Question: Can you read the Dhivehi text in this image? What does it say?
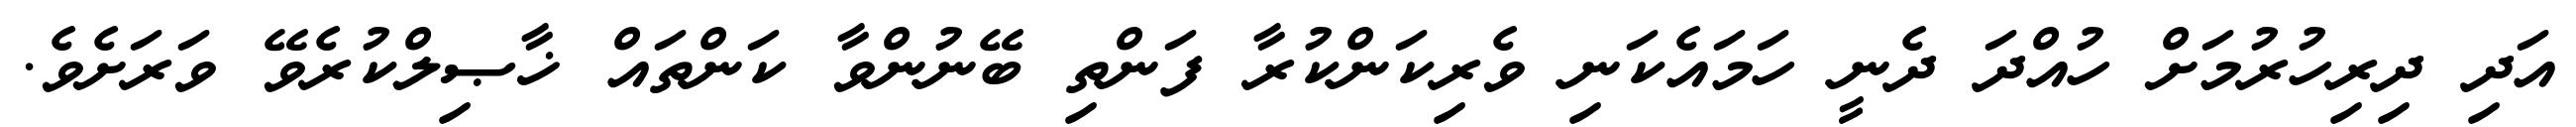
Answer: އަދި ދިރިހުރުމަށް ހުއްދަ ދެނީ ހަމައެކަނި ވެރިކަންކުރާ ފަންތި ބޭނުންވާ ކަންތައް ޚާޞިލްކުރެވޭ ވަރަށެވެ.